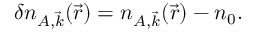
\delta n _ { A , \vec { k } } ( \vec { r } ) = n _ { A , \vec { k } } ( \vec { r } ) - n _ { 0 } .